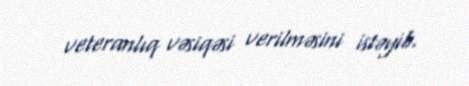
veteranlıq vəsiqəsi verilməsini istəyib.